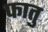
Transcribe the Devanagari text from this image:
फातु